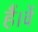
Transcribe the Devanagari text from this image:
हैं।वें